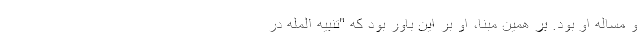
و مساله او بود. بر همین مبنا، او بر این باور بود که "تنبیه المله در